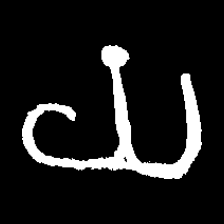
Pyu character \u2014 Myanmar letter: ယ (romanized: ya)